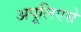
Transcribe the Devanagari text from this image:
अपूलिएसे